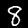
Digit: 8